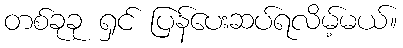
တစ်ခုခု ရှင် ပြန်ပေးဆပ်ရလိမ့်မယ်။